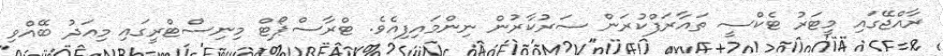
ރާއްޖޭގައި މީޓަރު ޓެކްސީ ތައާރަފްކުރަން ސަރުކާރުން ނިންމައިފިއެވެ. ޓްރާސްޕޯޓް މިނިސްޓްރީގައި މިއަދު ބޭއްވި